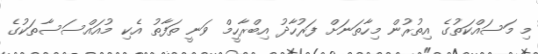
މި މަސައްކަތުގެ އިތުރުން މިހާތަނަށް ފަރުހާދު އިބްރާހީމް ވަނީ ތަފާތު އެކި މުއައްސަސާތަކުގެ